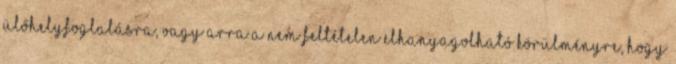
ülőhelyfoglalásra, vagy arra a nem feltételen elhanyagolható körülményre, hogy